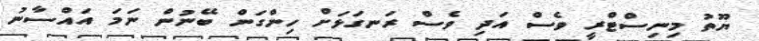
ޔޫތު މިނިސްޓްރީ ވެސް އަދި ވެސް ރަނގަޅަށް ހިންގަން ބޭނުން ނަމަ އައްސާނު